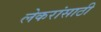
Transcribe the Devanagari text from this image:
लेकरांसाठी